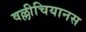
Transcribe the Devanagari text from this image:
वल्लीचियानस